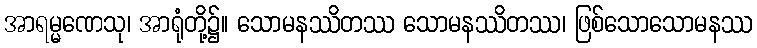
အာရမ္မဏေသု၊ အာရုံတို့၌။ သောမနဿိတဿ သောမနဿိတဿ၊ ဖြစ်သောသောမနဿ